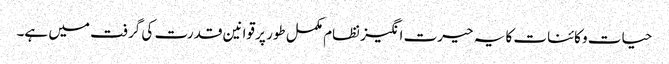
حیات و کائنات کا یہ حیرت انگیز نظام مکمل طور پر قوانین قدرت کی گرفت میں ہے۔